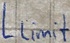
Text: LLimit